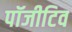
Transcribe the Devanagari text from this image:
पॉजीटिव